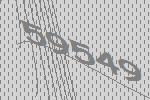
59549